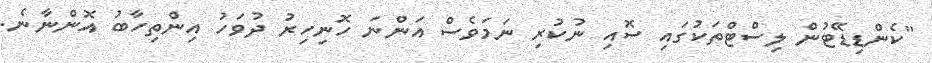
"ކެންޑިޑޭޓުން ލިސްޓްތަކުގައި ސޮއި ނުކުރި ނަމަވެސް އަންނަ ހޮނިހިރު ދުވަހު އިންތިހާބު އޮންނާނެ.